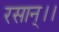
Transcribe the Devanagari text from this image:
रसान्।।